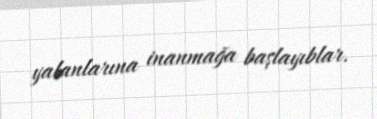
yalanlarına inanmağa başlayıblar.